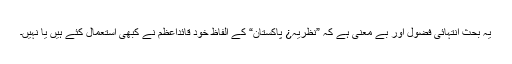
یہ بحث انتہائی فضول اور بے معنی ہے کہ ”نظریہ¿ پاکستان“ کے الفاظ خود قائداعظمؒ نے کبھی استعمال کئے ہیں یا نہیں۔